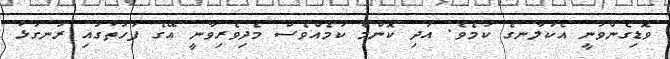
ވޮޑިގެންވަނީ އެކަލާނގެ ކަމެވެ. އަދި ކޮންމެ ކަމެއްވެސް މެދިވެރިވާނީ އޭގެ ފަހަތުގައި ރަނގަޅު